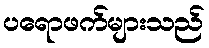
ပရောဖက်များသည်